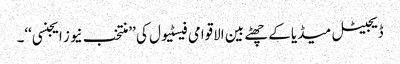
ڈیجیٹل میڈیا کے چھٹے بین الاقوامی فیسٹیول کی ’’منتخب نیوز ایجنسی‘‘۔